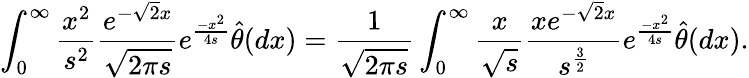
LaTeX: \int_{0}^{\infty}\frac{x^{2}}{s^{2}}\frac{e^{-\sqrt{2}x}}{\sqrt{2\pi s}}e^{\frac{-x^{2}}{4s}}\widehat{\theta}(dx)=\frac{1}{\sqrt{2\pi s}}\int_{0}^{\infty}\frac{x}{\sqrt{s}}\frac{xe^{-\sqrt{2}x}}{s^{\frac{3}{2}}}e^{\frac{-x^{2}}{4s}}\widehat{\theta}(dx).